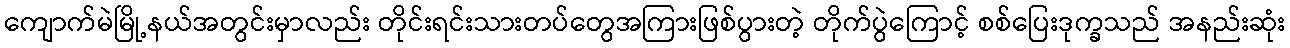
ကျောက်မဲမြို့နယ်အတွင်းမှာလည်း တိုင်းရင်းသားတပ်တွေအကြားဖြစ်ပွားတဲ့ တိုက်ပွဲကြောင့် စစ်ပြေးဒုက္ခသည် အနည်းဆုံး